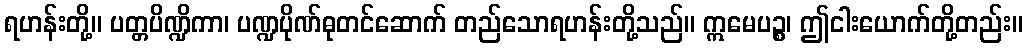
ရဟန်းတို့။ ပတ္တပိဏ္ဍိကာ၊ ပဏ္ဍပိုဏ်ဓုတင်ဆောက် တည်သောရဟန်းတို့သည်။ ဣမေပဉ္စ၊ ဤငါးယောက်တို့တည်း။